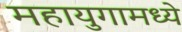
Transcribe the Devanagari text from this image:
महायुगामध्ये